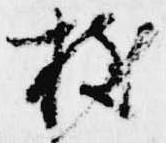
枝